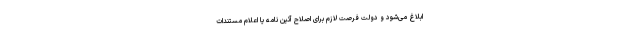
ابلاغ می‌شود و دولت فرصت لازم برای اصلاح آئین نامه یا اعلام مستندات